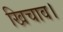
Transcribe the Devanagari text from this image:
खिचाव।